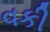
વકી